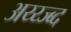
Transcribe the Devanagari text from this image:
अय्य्ज्ब्द